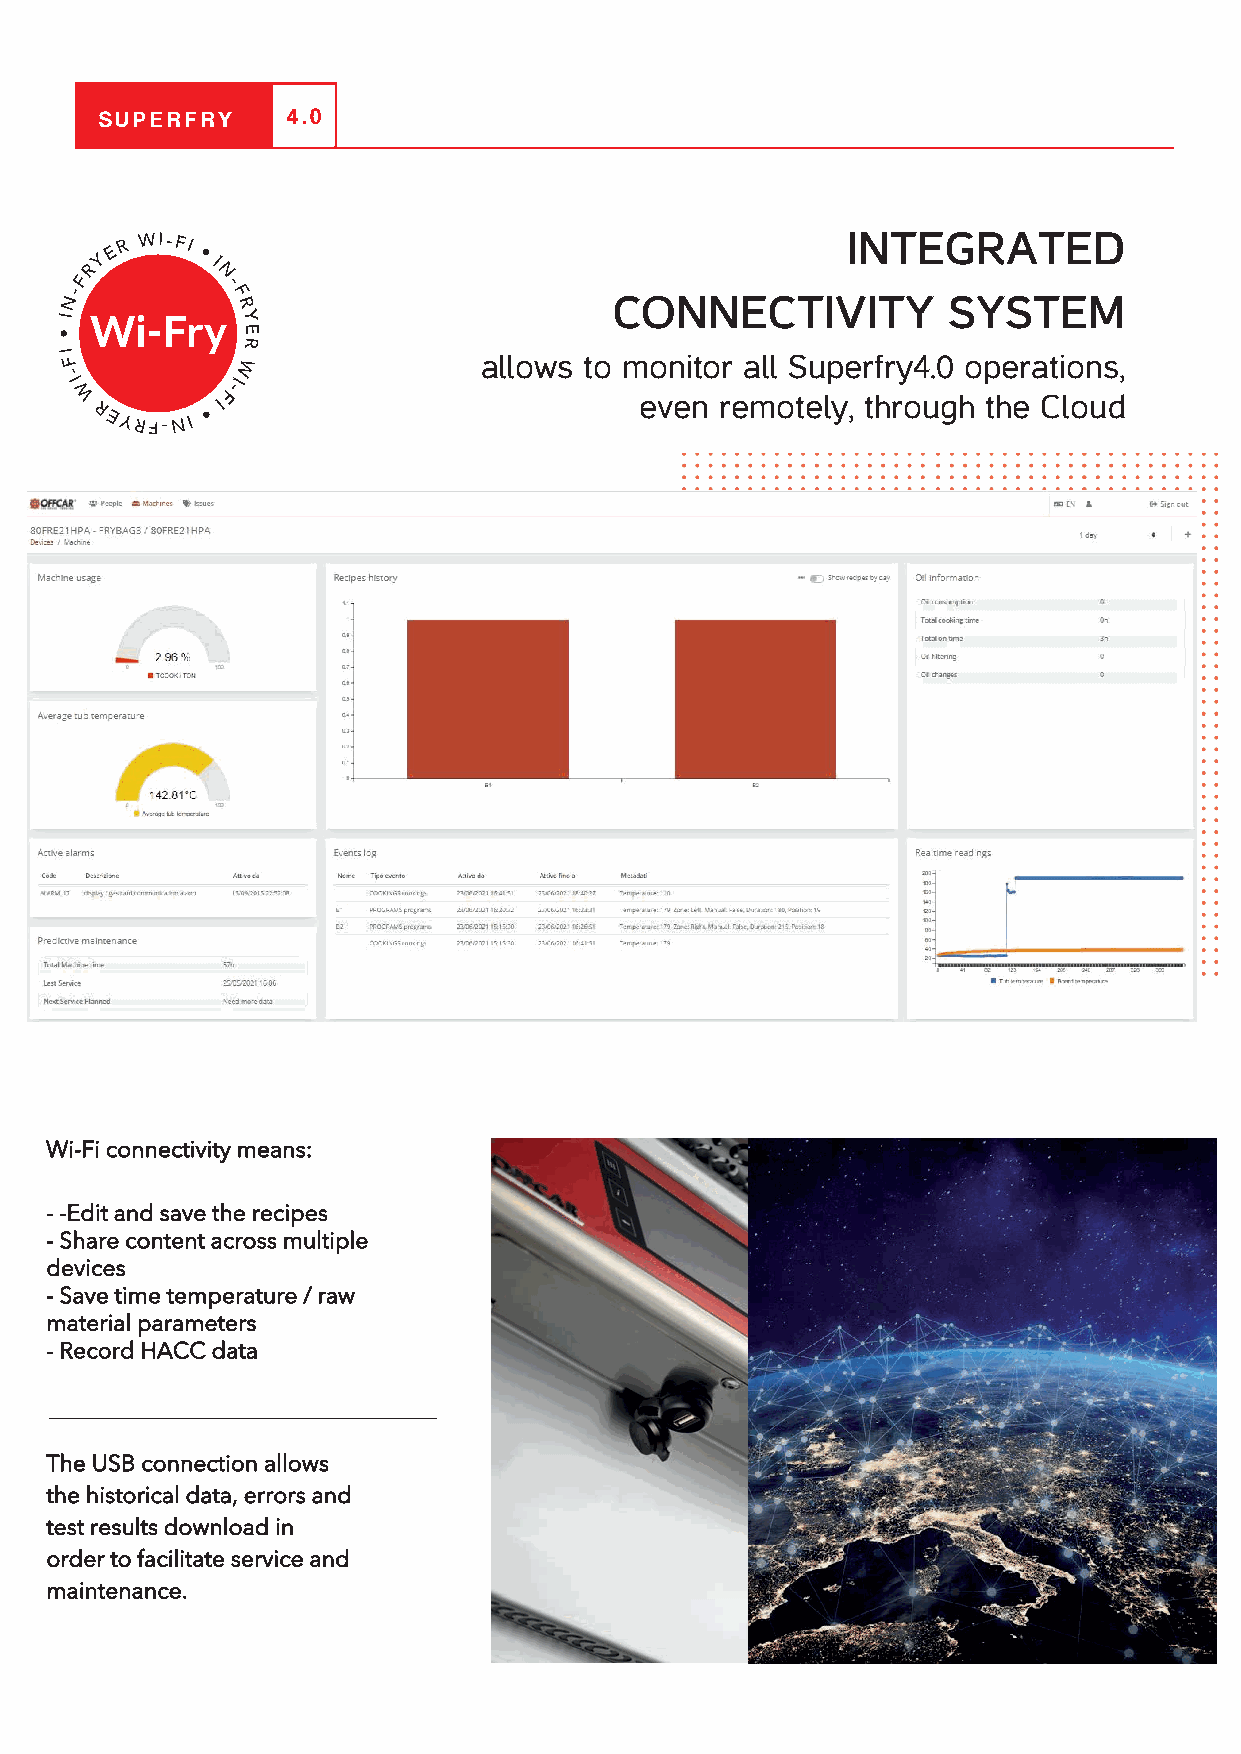
SUPERFRY    4.0
 INTEGRATED
 RY E R WI-FI • I
 F        N -
 N-         F
 R
 CONNECTIVITY          SYSTEM
 I Wi-Fry    Y
 •           E
 R
 I F         W               allows to monitor all Superfry4.0 operations,
 -I
 W
 REYRF-NI •
 IF-I
 even  remotely, through the Cloud
 Wi-Fi connectivity means:
 --Edit and save the recipes
 - Share content across multiple
 devices
 - Save time temperature / raw
 material parameters
 - Record HACC data
 The USB connection allows
 the historical data, errors and
 test results download in
 order to facilitate service and
 maintenance.